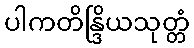
ပါကတိန္ဒြိယသုတ္တံ